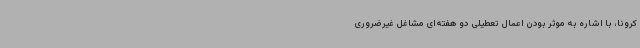
کرونا، با اشاره به موثر بودن اعمال تعطیلی دو هفته‌ای مشاغل غیرضروری